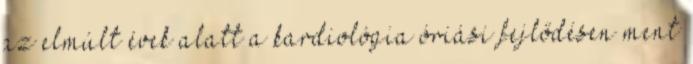
az elmúlt évek alatt a kardiológia óriási fejlődésen ment